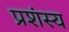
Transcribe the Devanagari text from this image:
प्रशंस्य